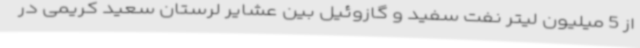
از 5 میلیون لیتر نفت سفید و گازوئیل بین عشایر لرستان سعید کریمی در